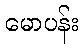
မောပန်း